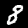
Label: 8